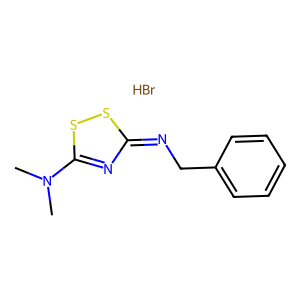
SMILES: Br.CN(C)c1nc(=NCc2ccccc2)ss1
Inhibits HIV replication: No